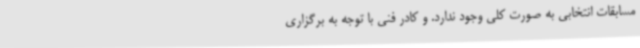
مسابقات انتخابی به صورت کلی وجود ندارد. و کادر فنی با توجه به برگزاری